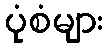
ပုံစံများ